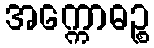
အက္ကောဓဉ္စ